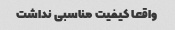
واقعا کیفیت مناسبی نداشت